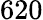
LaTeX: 620